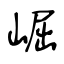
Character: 崛